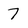
Character: 7